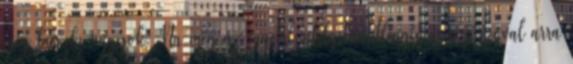
még büszke vagyok. Na meg az ingetrl.intelgetán.itlengencá.meg szóval arra